Leaving Certificate Examination (including Day School Certificate (Higher) General paper), 1931
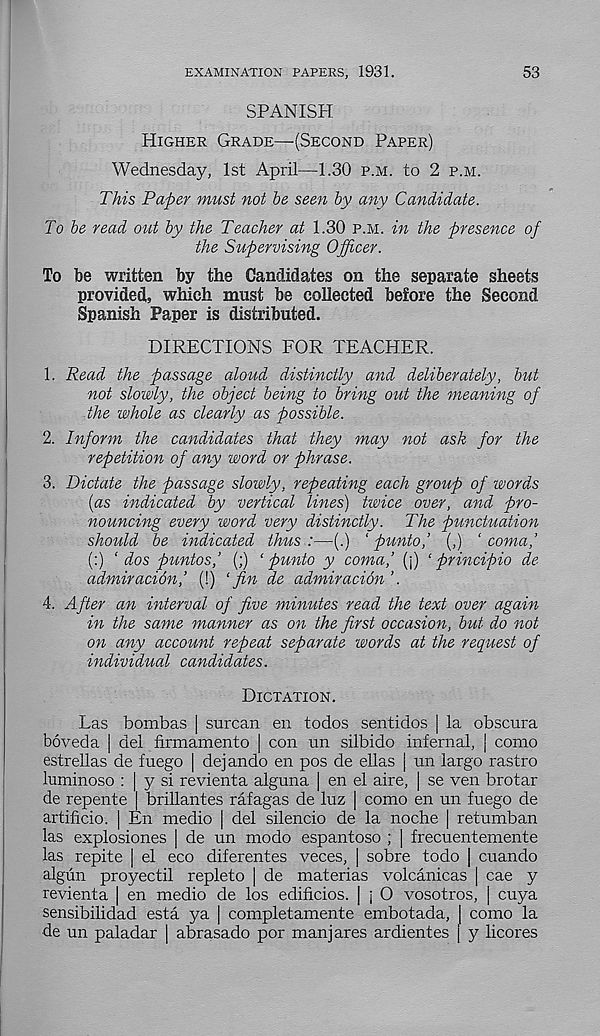
EXAMINATION PAPERS, 1931.
53
SPANISH
Higher Grade—(Second Paper)
Wednesday, 1st April—1.30 p.m. to 2 p.m.
This Paper must not be seen by any Candidate.
To be read out by the Teacher at 1.30 p.m. in the presence of
the Supervising Officer.
To be written by the Candidates on the separate sheets
provided, which must be collected before the Second
Spanish Paper is distributed.
DIRECTIONS FOR TEACHER.
1. Read the passage aloud distinctly and deliberately, but
not slowly, the object being to bring out the meaning of
the whole as clearly as possible.
2. Inform the candidates that they may not ask for the
repetition of any word or phrase.
3. Dictate the passage slowly, repeating each group of words
(as indicated by vertical lines) twice over, and pro-
nouncing every word very distinctly. The punctuation
should be indicated thus:—(.) ‘ punto,’ (,) ‘coma,’
(:) ‘ dos puntos,’ (;) ‘punto y coma,’ (j) ‘ principio de
admiracion,’ (!) ‘ fin de admiracion ’.
4. After an interval of five minutes read the text over again
in the same manner as on the first occasion, but do not
on any account repeat separate words at the request of
individual candidates.
Dictation.
Las bombas | surcan en todos sentidos | la obscura
boveda | del firmamento | con un silbido infernal, | como
estrellas de fuego | dejando en pos de ellas | un largo rastro
luminoso : | y si revienta alguna | en el aire, | se ven brotar
de repente | brillantes rafagas de luz | como en un fuego de
artificio. | En medio | del silencio de la noche | retumban
las explosiones | de un modo espantoso ; ] frecuentemente
las repite | el eco diferentes veces, | sobre todo | cuando
algun proyectil repleto | de materias volcanicas | cae y
revienta | en medio de los edificios. ] j O vosotros, | cuya
sensibilidad esta ya | completamente embotada, | como la
de un paladar | abrasado por manjares ardientes j y licores